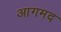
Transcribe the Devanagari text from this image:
आगमद